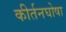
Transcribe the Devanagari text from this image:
कीर्तनघोषा